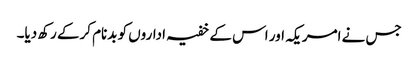
جس نے امریکہ اور اس کے خفیہ اداروں کو بدنام کرکے رکھ دیا۔